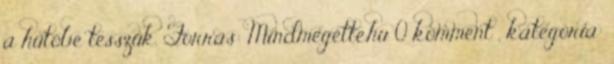
a hűtőbe tesszük. Forrás: Mindmegette.hu 0 komment , kategória: